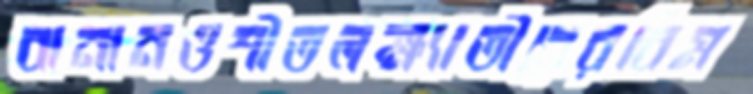
বানানওশীতলক্ষ্যাতীরেরবিম